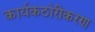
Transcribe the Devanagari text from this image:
कार्यकठोरीकरण